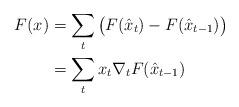
LaTeX: \begin{align*}F(x)&=\sum_t \big( F(\hat{x}_t)-F(\hat{x}_{t-1})\big)\\&= \sum_t x_t \nabla_t F(\hat{x}_{t-1})\end{align*}